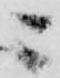
ニ